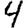
Digit: 4